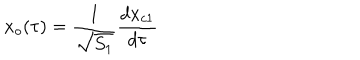
x _ { o } ( \tau ) = { \frac { 1 } { \sqrt { S _ { 1 } } } } { \frac { d x _ { c 1 } } { d \tau } }